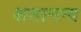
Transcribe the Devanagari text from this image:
शतानन्द